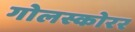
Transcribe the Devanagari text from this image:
गोलस्कोरर